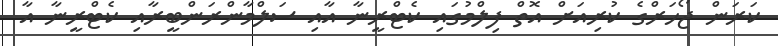
ކަރަން ޖޯހަރްގެ ކުރިއަށް އޮތް ފިލްމުގައި ކެޓްރީނާ އާއި ސަލްމާންރަންބީރާއި ކެޓްރީނާ އާ